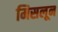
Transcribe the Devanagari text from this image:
मिसलून